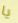
يا